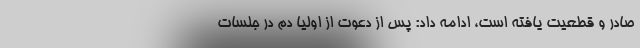
صادر و قطعیت یافته است، ادامه داد: پس از دعوت از اولیا دم در جلسات